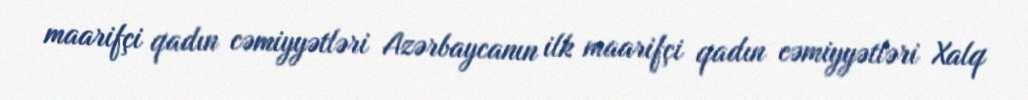
maarifçi qadın cəmiyyətləri Azərbaycanın ilk maarifçi qadın cəmiyyətləri Xalq